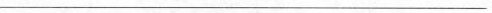
___